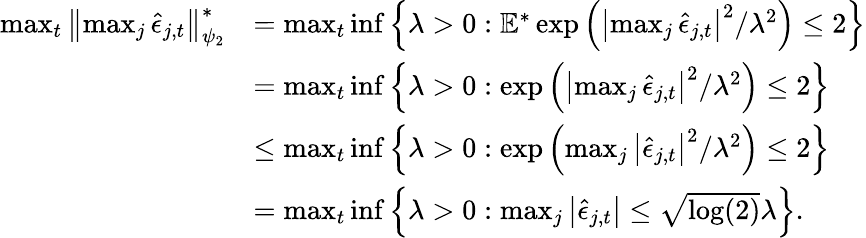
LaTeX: \begin{array}{rl}{\operatorname*{max}_{t}\left\lVert\operatorname*{max}_{j}\hat{\epsilon}_{j,t}\right\rVert_{\psi_{2}}^{*}}&{=\operatorname*{max}_{t}\operatorname*{inf}\left\lbrace\lambda>0:\mathbb{E}^{*}\exp\left(\left\lvert\operatorname*{max}_{j}\hat{\epsilon}_{j,t}\right\rvert^{2}/\lambda^{2}\right)\leq 2\right\rbrace}\\ &{=\operatorname*{max}_{t}\operatorname*{inf}\left\lbrace\lambda>0:\exp\left(\left\lvert\operatorname*{max}_{j}\hat{\epsilon}_{j,t}\right\rvert^{2}/\lambda^{2}\right)\leq 2\right\rbrace}\\ &{\leq\operatorname*{max}_{t}\operatorname*{inf}\left\lbrace\lambda>0:\exp\left(\operatorname*{max}_{j}\left\lvert\hat{\epsilon}_{j,t}\right\rvert^{2}/\lambda^{2}\right)\leq 2\right\rbrace}\\ &{=\operatorname*{max}_{t}\operatorname*{inf}\left\lbrace\lambda>0:\operatorname*{max}_{j}\left\lvert\hat{\epsilon}_{j,t}\right\rvert\leq\sqrt{\log(2)}\lambda\right\rbrace.}\end{array}